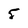
Character: 5